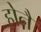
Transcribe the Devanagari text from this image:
होनै